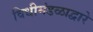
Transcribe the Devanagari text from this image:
विधीमंडळाद्वारे